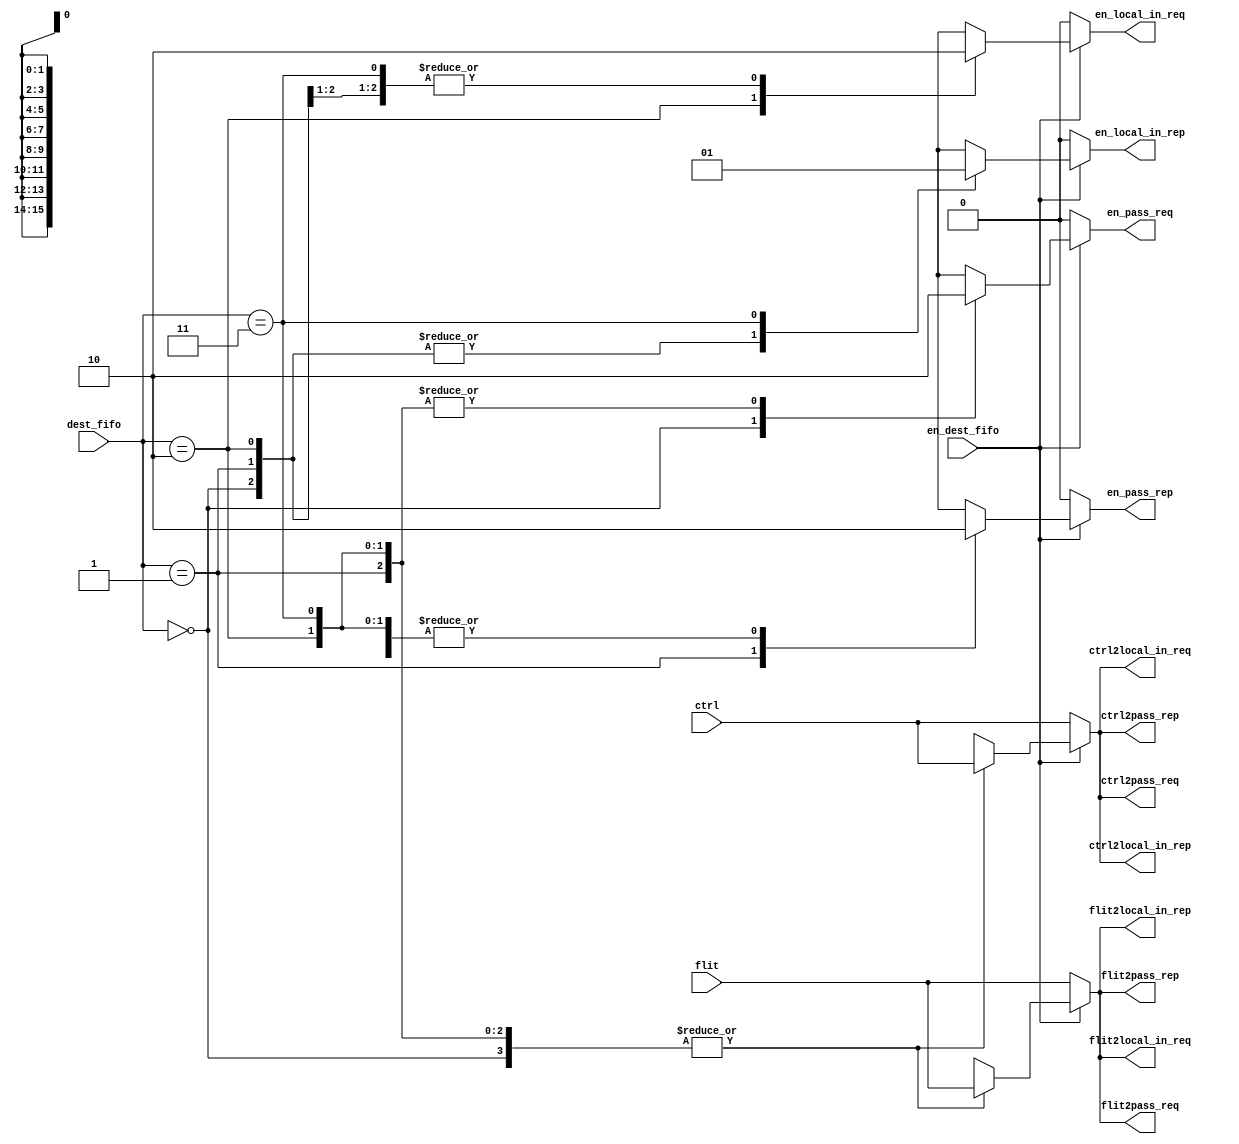
module arbiter_4_enq ( 
                       flit,
                       ctrl,
                       en_dest_fifo,
                       dest_fifo,
                       flit2pass_req,   
                       ctrl2pass_req,   
                       flit2pass_rep,   
                       ctrl2pass_rep,   
                       flit2local_in_req,   
                       ctrl2local_in_req,   
                       flit2local_in_rep,   
                       ctrl2local_in_rep,   
                       en_pass_req,
                       en_pass_rep,
                       en_local_in_req,
                       en_local_in_rep
                      );
input            [15:0]  flit;              
input            [1:0]   ctrl;
input                    en_dest_fifo; 
input            [1:0]   dest_fifo;
output           [15:0]  flit2pass_req;   
output           [1:0]   ctrl2pass_req;   
output           [15:0]  flit2pass_rep;   
output           [1:0]   ctrl2pass_rep;   
output           [15:0]  flit2local_in_req;   
output           [1:0]   ctrl2local_in_req;   
output           [15:0]  flit2local_in_rep;   
output           [1:0]   ctrl2local_in_rep;   
output                   en_pass_req;  
output                   en_pass_rep;  
output                   en_local_in_req; 
output                   en_local_in_rep; 
reg           [15:0]  flit2pass_req;   
reg           [1:0]   ctrl2pass_req;   
reg           [15:0]  flit2pass_rep;   
reg           [1:0]   ctrl2pass_rep;   
reg           [15:0]  flit2local_in_req;   
reg           [1:0]   ctrl2local_in_req;   
reg           [15:0]  flit2local_in_rep;   
reg           [1:0]   ctrl2local_in_rep;   
reg                    en_pass_req;
reg                    en_pass_rep;
reg                    en_local_in_req;
reg                    en_local_in_rep;
always@(*)
begin
  {en_pass_req,flit2pass_req,ctrl2pass_req}={1'b0,flit,ctrl};
  {en_pass_rep,flit2pass_rep,ctrl2pass_rep}={1'b0,flit,ctrl};
  {en_local_in_req,flit2local_in_req,ctrl2local_in_req}={1'b0,flit,ctrl};
  {en_local_in_rep,flit2local_in_rep,ctrl2local_in_rep}={1'b0,flit,ctrl};
  if(en_dest_fifo)
    begin
      case(dest_fifo)
        2'b00:{en_pass_req,flit2pass_req,ctrl2pass_req}={1'b1,flit,ctrl};
        2'b01:{en_pass_rep,flit2pass_rep,ctrl2pass_rep}={1'b1,flit,ctrl};
        2'b10:{en_local_in_req,flit2local_in_req,ctrl2local_in_req}={1'b1,flit,ctrl};
        2'b11:{en_local_in_rep,flit2local_in_rep,ctrl2local_in_rep}={1'b1,flit,ctrl};
      endcase
    end
end
endmodule